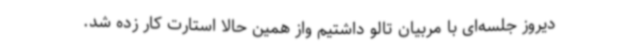
دیروز جلسه‌ای با مربیان تالو داشتیم واز همین حالا استارت کار زده شد.